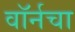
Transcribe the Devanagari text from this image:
वॉर्नचा